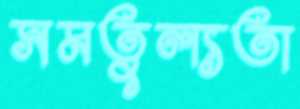
সমতুল্যতা